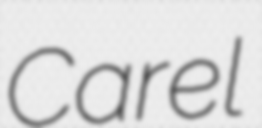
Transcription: Carel